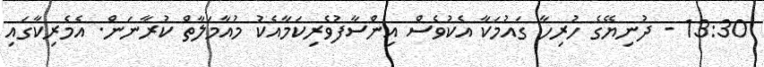
13:30 - ދުނިޔޭގެ ހުރިހާ ގައުމަކާ އެކުވެސް އިންސާފުވެރިކަމާއެކު މުއާމަލާތް ކުރާނަން. އެމެރިކާގައި